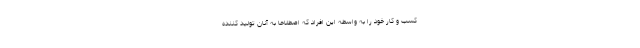
کسب و کار خود را به واسطه این افراد که اصطلاحا به آنان تولید کننده